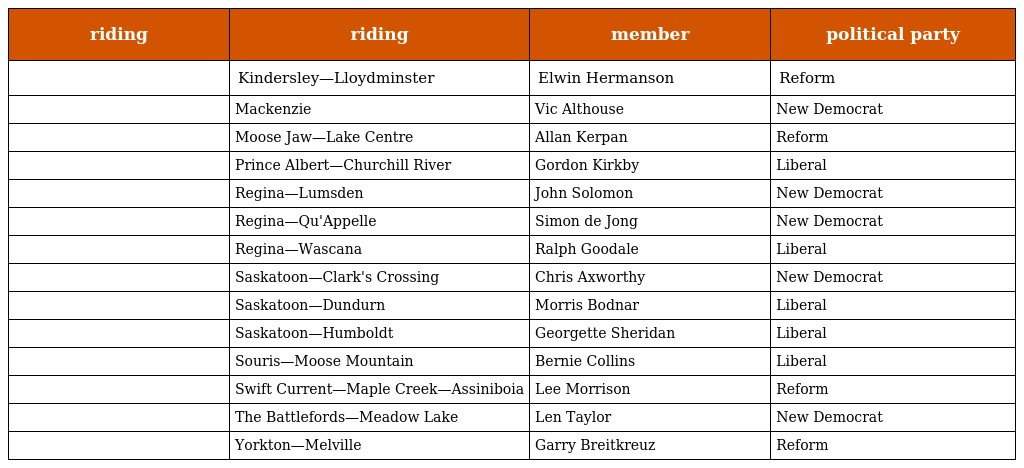
| riding | riding | member | political party |
 | --- | --- | --- | --- |
 |  | Kindersley—Lloydminster | Elwin Hermanson | Reform |
 |  | Mackenzie | Vic Althouse | New Democrat |
 |  | Moose Jaw—Lake Centre | Allan Kerpan | Reform |
 |  | Prince Albert—Churchill River | Gordon Kirkby | Liberal |
 |  | Regina—Lumsden | John Solomon | New Democrat |
 |  | Regina—Qu'Appelle | Simon de Jong | New Democrat |
 |  | Regina—Wascana | Ralph Goodale | Liberal |
 |  | Saskatoon—Clark's Crossing | Chris Axworthy | New Democrat |
 |  | Saskatoon—Dundurn | Morris Bodnar | Liberal |
 |  | Saskatoon—Humboldt | Georgette Sheridan | Liberal |
 |  | Souris—Moose Mountain | Bernie Collins | Liberal |
 |  | Swift Current—Maple Creek—Assiniboia | Lee Morrison | Reform |
 |  | The Battlefords—Meadow Lake | Len Taylor | New Democrat |
 |  | Yorkton—Melville | Garry Breitkreuz | Reform |